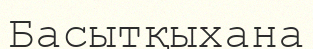
Басытқыхана